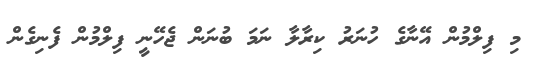
މި ފިލްމުން އޭނާގެ ހުނަރު ކިރާލާ ނަމަ ބުނަން ޖެހޭނީ ފިލްމުން ފެނިގެން